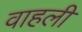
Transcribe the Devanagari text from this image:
वाहली